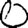
Digit: 0